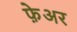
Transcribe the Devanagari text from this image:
फ़ेअर